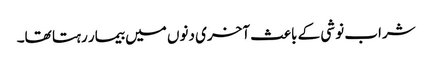
شراب نوشی کے باعث آخری دنوں میں بیمار رہتا تھا۔